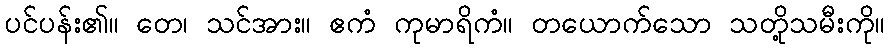
ပင်ပန်း၏။ တေ၊ သင်အား။ ဧကံ ကုမာရိကံ။ တယောက်သော သတို့သမီးကို။